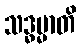
သဒ္ဓမ္မာတိ